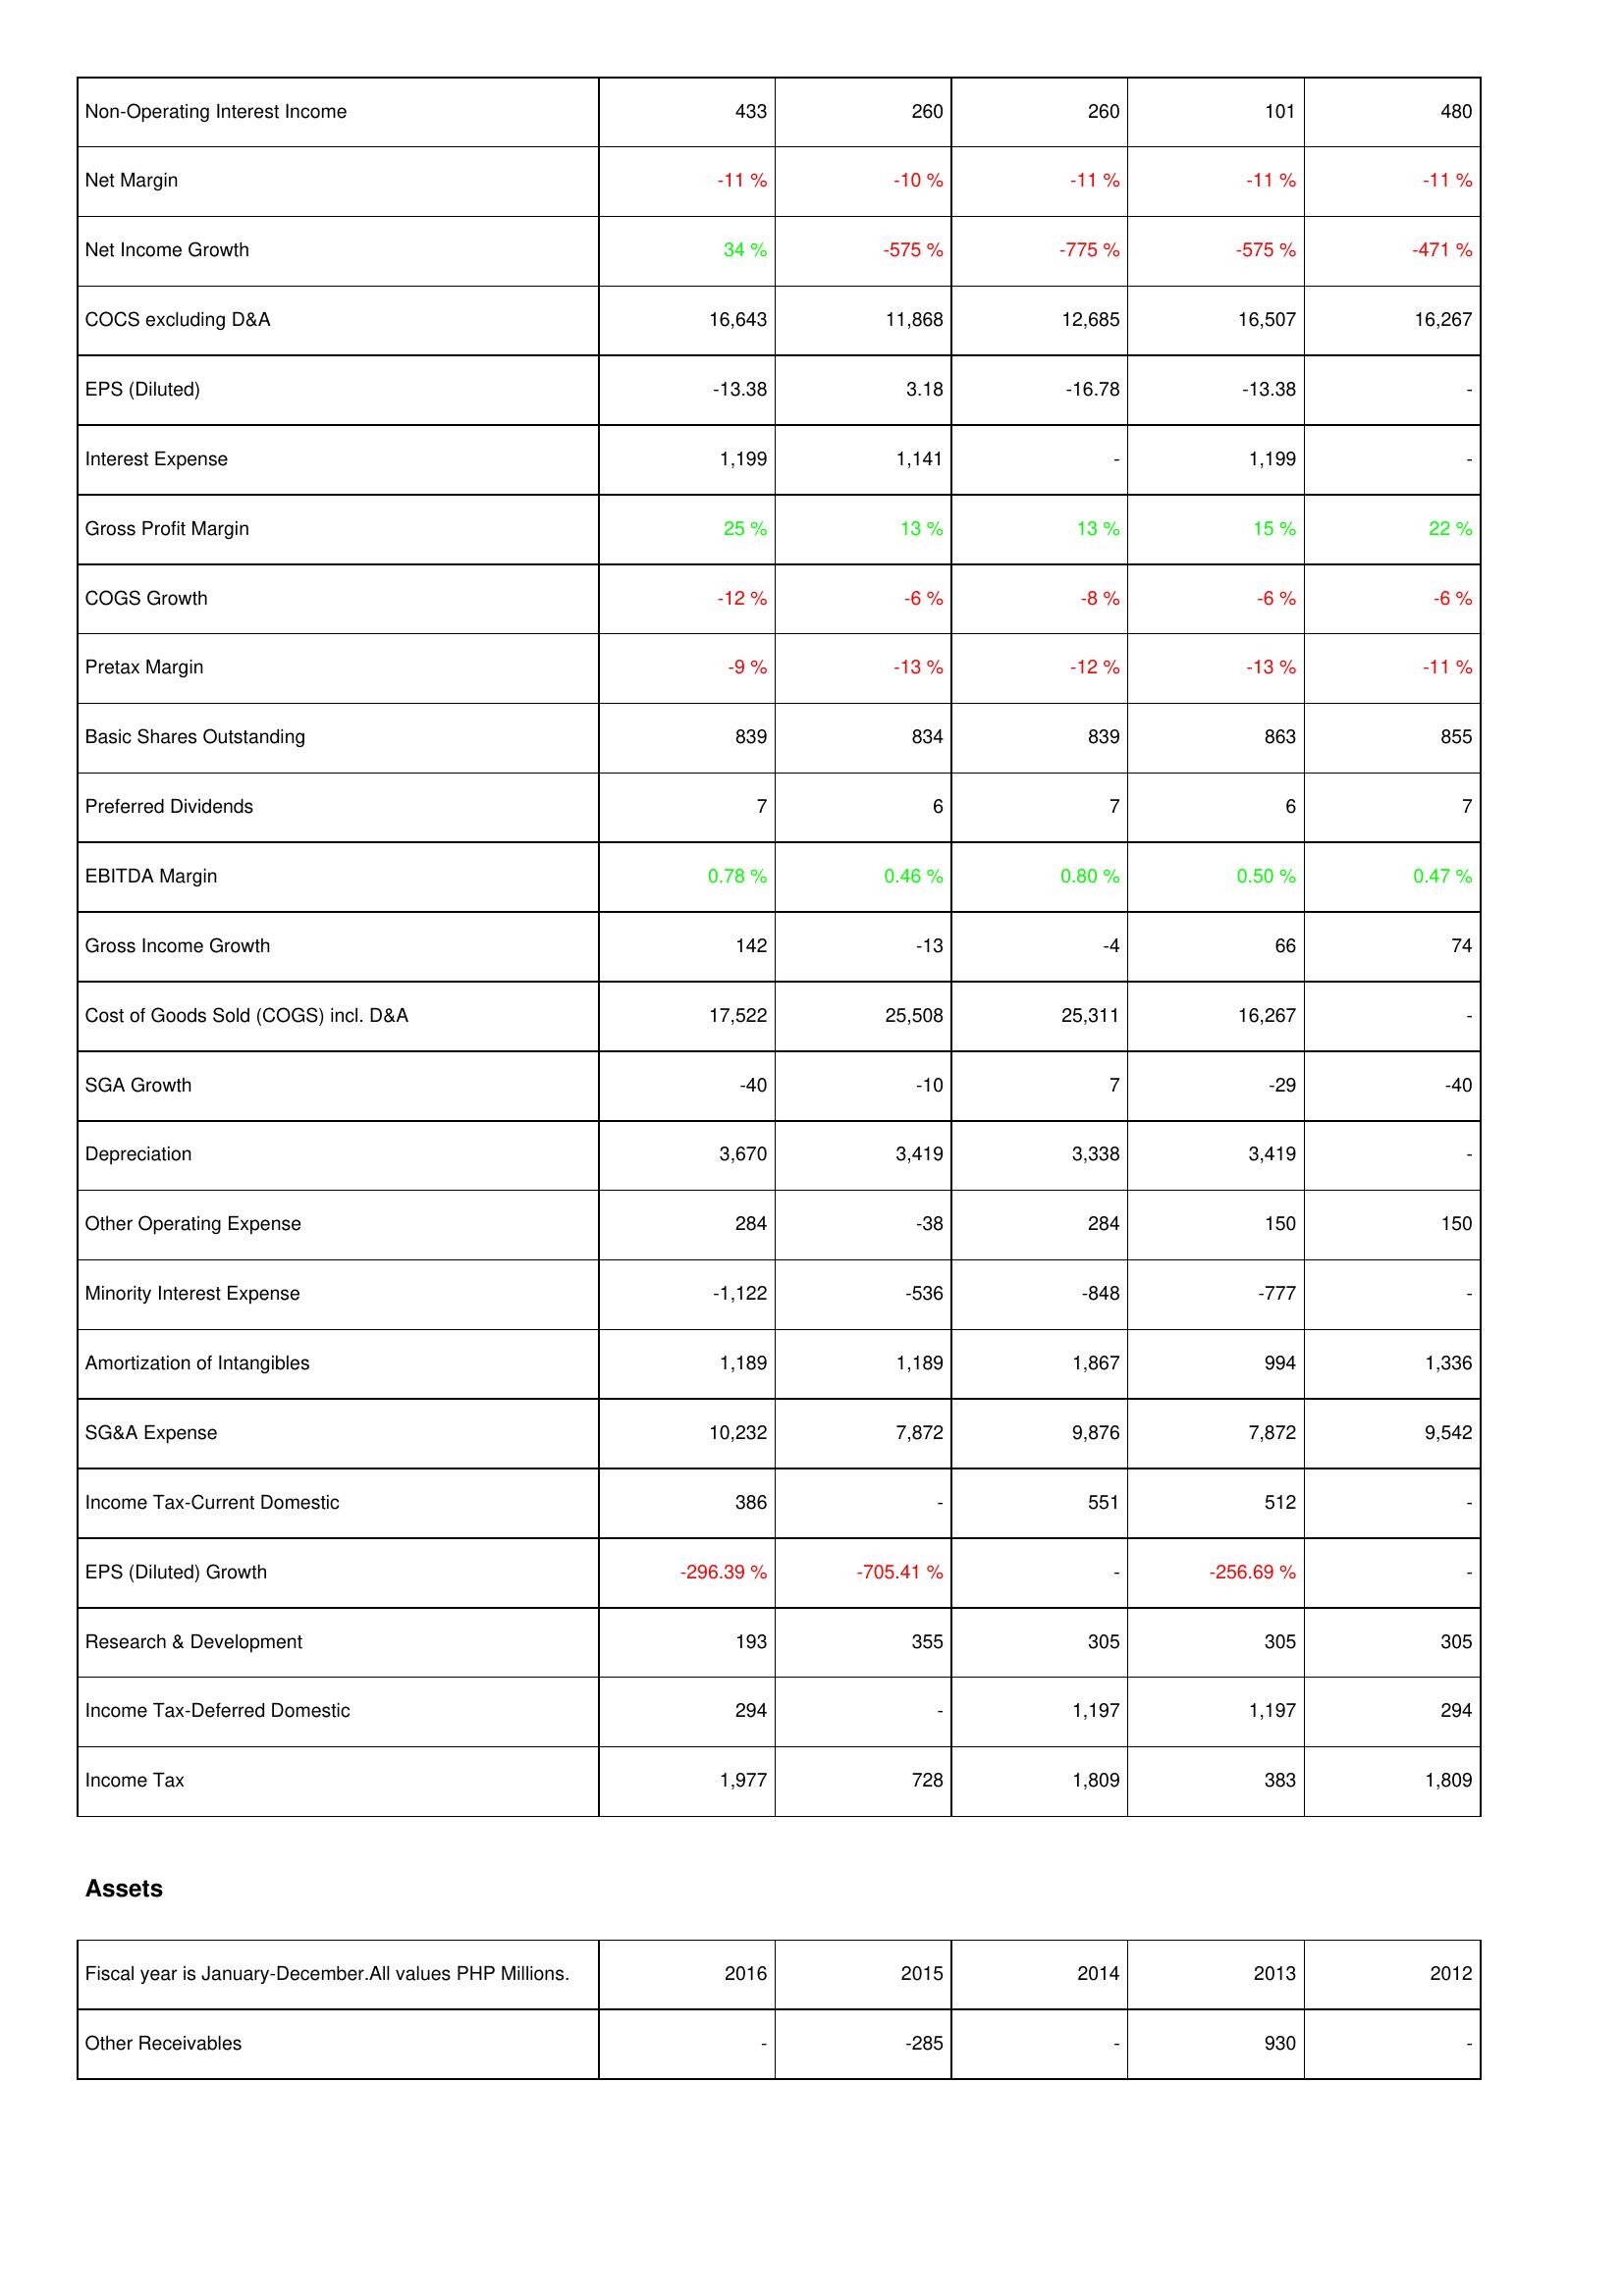
2016: Income Statement: Non-Operating Interest Income: 433
Net Margin: -11 %
Net Income Growth: 34 %
COCS excluding D&A: 16,643
EPS (Diluted): -13.38
Interest Expense: 1,199
Gross Profit Margin: 25 %
COGS Growth: -12 %
Pretax Margin: -9 %
Basic Shares Outstanding: 839
Preferred Dividends: 7
EBITDA Margin: 0.78 %
Gross Income Growth: 142
Cost of Goods Sold (COGS) incl. D&A: 17,522
SGA Growth: -40
Depreciation: 3,670
Other Operating Expense: 284
Minority Interest Expense: -1,122
Amortization of Intangibles: 1,189
SG&A Expense: 10,232
Income Tax-Current Domestic: 386
EPS (Diluted) Growth: -296.39 %
Research & Development: 193
Income Tax-Deferred Domestic: 294
Income Tax: 1,977
Assets: Other Receivables: -
2015: Income Statement: Non-Operating Interest Income: 260
Net Margin: -10 %
Net Income Growth: -575 %
COCS excluding D&A: 11,868
EPS (Diluted): 3.18
Interest Expense: 1,141
Gross Profit Margin: 13 %
COGS Growth: -6 %
Pretax Margin: -13 %
Basic Shares Outstanding: 834
Preferred Dividends: 6
EBITDA Margin: 0.46 %
Gross Income Growth: -13
Cost of Goods Sold (COGS) incl. D&A: 25,508
SGA Growth: -10
Depreciation: 3,419
Other Operating Expense: -38
Minority Interest Expense: -536
Amortization of Intangibles: 1,189
SG&A Expense: 7,872
Income Tax-Current Domestic: -
EPS (Diluted) Growth: -705.41 %
Research & Development: 355
Income Tax-Deferred Domestic: -
Income Tax: 728
Assets: Other Receivables: -285
2014: Income Statement: Non-Operating Interest Income: 260
Net Margin: -11 %
Net Income Growth: -775 %
COCS excluding D&A: 12,685
EPS (Diluted): -16.78
Interest Expense: -
Gross Profit Margin: 13 %
COGS Growth: -8 %
Pretax Margin: -12 %
Basic Shares Outstanding: 839
Preferred Dividends: 7
EBITDA Margin: 0.80 %
Gross Income Growth: -4
Cost of Goods Sold (COGS) incl. D&A: 25,311
SGA Growth: 7
Depreciation: 3,338
Other Operating Expense: 284
Minority Interest Expense: -848
Amortization of Intangibles: 1,867
SG&A Expense: 9,876
Income Tax-Current Domestic: 551
EPS (Diluted) Growth: -
Research & Development: 305
Income Tax-Deferred Domestic: 1,197
Income Tax: 1,809
Assets: Other Receivables: -
2013: Income Statement: Non-Operating Interest Income: 101
Net Margin: -11 %
Net Income Growth: -575 %
COCS excluding D&A: 16,507
EPS (Diluted): -13.38
Interest Expense: 1,199
Gross Profit Margin: 15 %
COGS Growth: -6 %
Pretax Margin: -13 %
Basic Shares Outstanding: 863
Preferred Dividends: 6
EBITDA Margin: 0.50 %
Gross Income Growth: 66
Cost of Goods Sold (COGS) incl. D&A: 16,267
SGA Growth: -29
Depreciation: 3,419
Other Operating Expense: 150
Minority Interest Expense: -777
Amortization of Intangibles: 994
SG&A Expense: 7,872
Income Tax-Current Domestic: 512
EPS (Diluted) Growth: -256.69 %
Research & Development: 305
Income Tax-Deferred Domestic: 1,197
Income Tax: 383
Assets: Other Receivables: 930
2012: Income Statement: Non-Operating Interest Income: 480
Net Margin: -11 %
Net Income Growth: -471 %
COCS excluding D&A: 16,267
EPS (Diluted): -
Interest Expense: -
Gross Profit Margin: 22 %
COGS Growth: -6 %
Pretax Margin: -11 %
Basic Shares Outstanding: 855
Preferred Dividends: 7
EBITDA Margin: 0.47 %
Gross Income Growth: 74
Cost of Goods Sold (COGS) incl. D&A: -
SGA Growth: -40
Depreciation: -
Other Operating Expense: 150
Minority Interest Expense: -
Amortization of Intangibles: 1,336
SG&A Expense: 9,542
Income Tax-Current Domestic: -
EPS (Diluted) Growth: -
Research & Development: 305
Income Tax-Deferred Domestic: 294
Income Tax: 1,809
Assets: Other Receivables: -